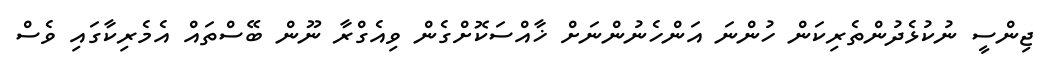
ޖިންސީ ނުކުޅެދުންތެރިކަން ހުންނަ އަންހެނުންނަށް ޚާއްސަކޮށްގެން ވިއެގްރާ ނޫން ބޭސްތައް އެމެރިކާގައި ވެސް